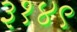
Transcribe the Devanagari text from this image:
३१४९